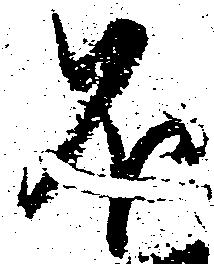
不